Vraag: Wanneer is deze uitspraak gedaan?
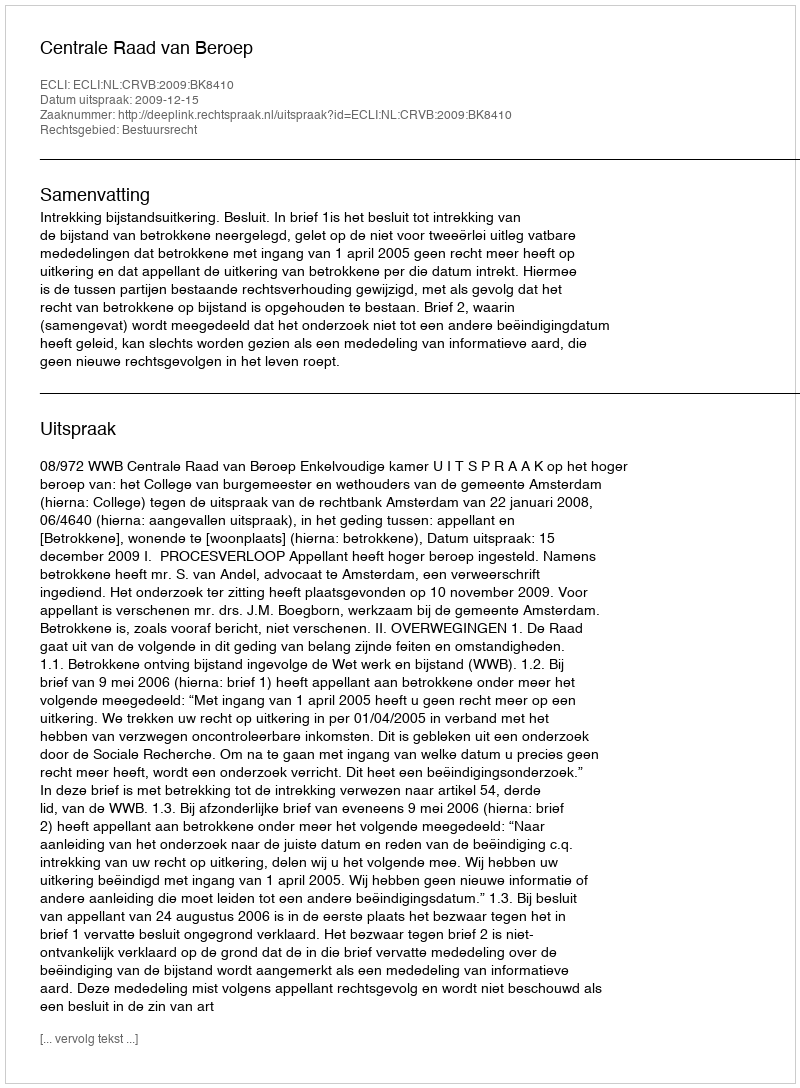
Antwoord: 2009-12-15